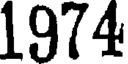
1974